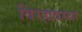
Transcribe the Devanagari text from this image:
विरहावस्था